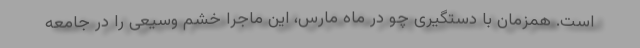
است. همزمان با دستگیری چو در ماه مارس، این ماجرا خشم وسیعی را در جامعه